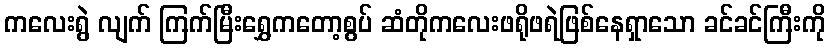
ကလေးရွဲ လျက် ကြက်မြီးရွှေကတော့စွပ် ဆံတိုကလေးဖရိုဖရဲဖြစ်နေရှာသော ခင်ခင်ကြီးကို